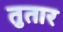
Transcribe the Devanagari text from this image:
तुतार